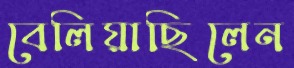
বেলিয়াছিলেন